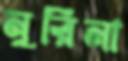
নুরিনা